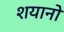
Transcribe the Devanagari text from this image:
शयानो